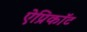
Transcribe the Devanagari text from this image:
ऐप्रिकॉट